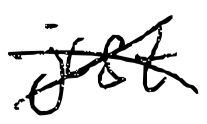
Text: just
Cross-out: cross
Writing tool: digital_black